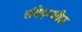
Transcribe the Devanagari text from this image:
संवेदन्शील